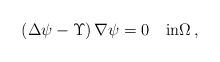
LaTeX: \begin{align*}(\Delta\psi -\Upsilon)\,\nabla\psi=0\quad\hbox{in}\Omega\,,\end{align*}